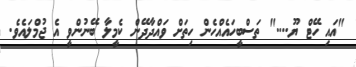
"އައި ހޭޓް ޔޫ...." ތަސްބީހައެއްހެން ހިތަށް ވައްދާދޭން ކެމީލާ ބޭނުންވީ އެ ޖުމްލައެވެ.